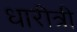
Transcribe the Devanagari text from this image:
धारीत्री